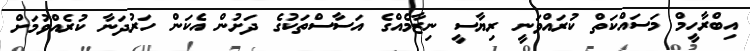
އިބްރާހީމް މަސައްކަތް ކުރައްވަނީ ރިޔާސީ ނިޒާމެއްގެ އަސާސްތަކުގެ ދަށުން އެކަން ހަރުދަނާ ކުރެއްވުމަށް